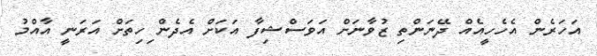
އަހަރެން އެހެހީއެއް ދޭނަންތި ޒުވާނަށް އަވަސްޝިފާ އަކަށް އެދެން ިހިތަށް އަރަނީ އާއްމު